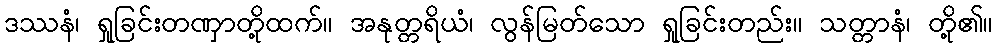
ဒဿနံ၊ ရှုခြင်းတဏှာတို့ထက်။ အနုတ္တရိယံ၊ လွန်မြတ်သော ရှုခြင်းတည်း။ သတ္တာနံ၊ တို့၏။